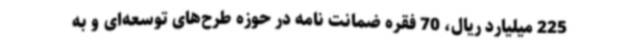
225 میلیارد ریال، 70 فقره ضمانت نامه در حوزه طرح‌های توسعه‌ای و به